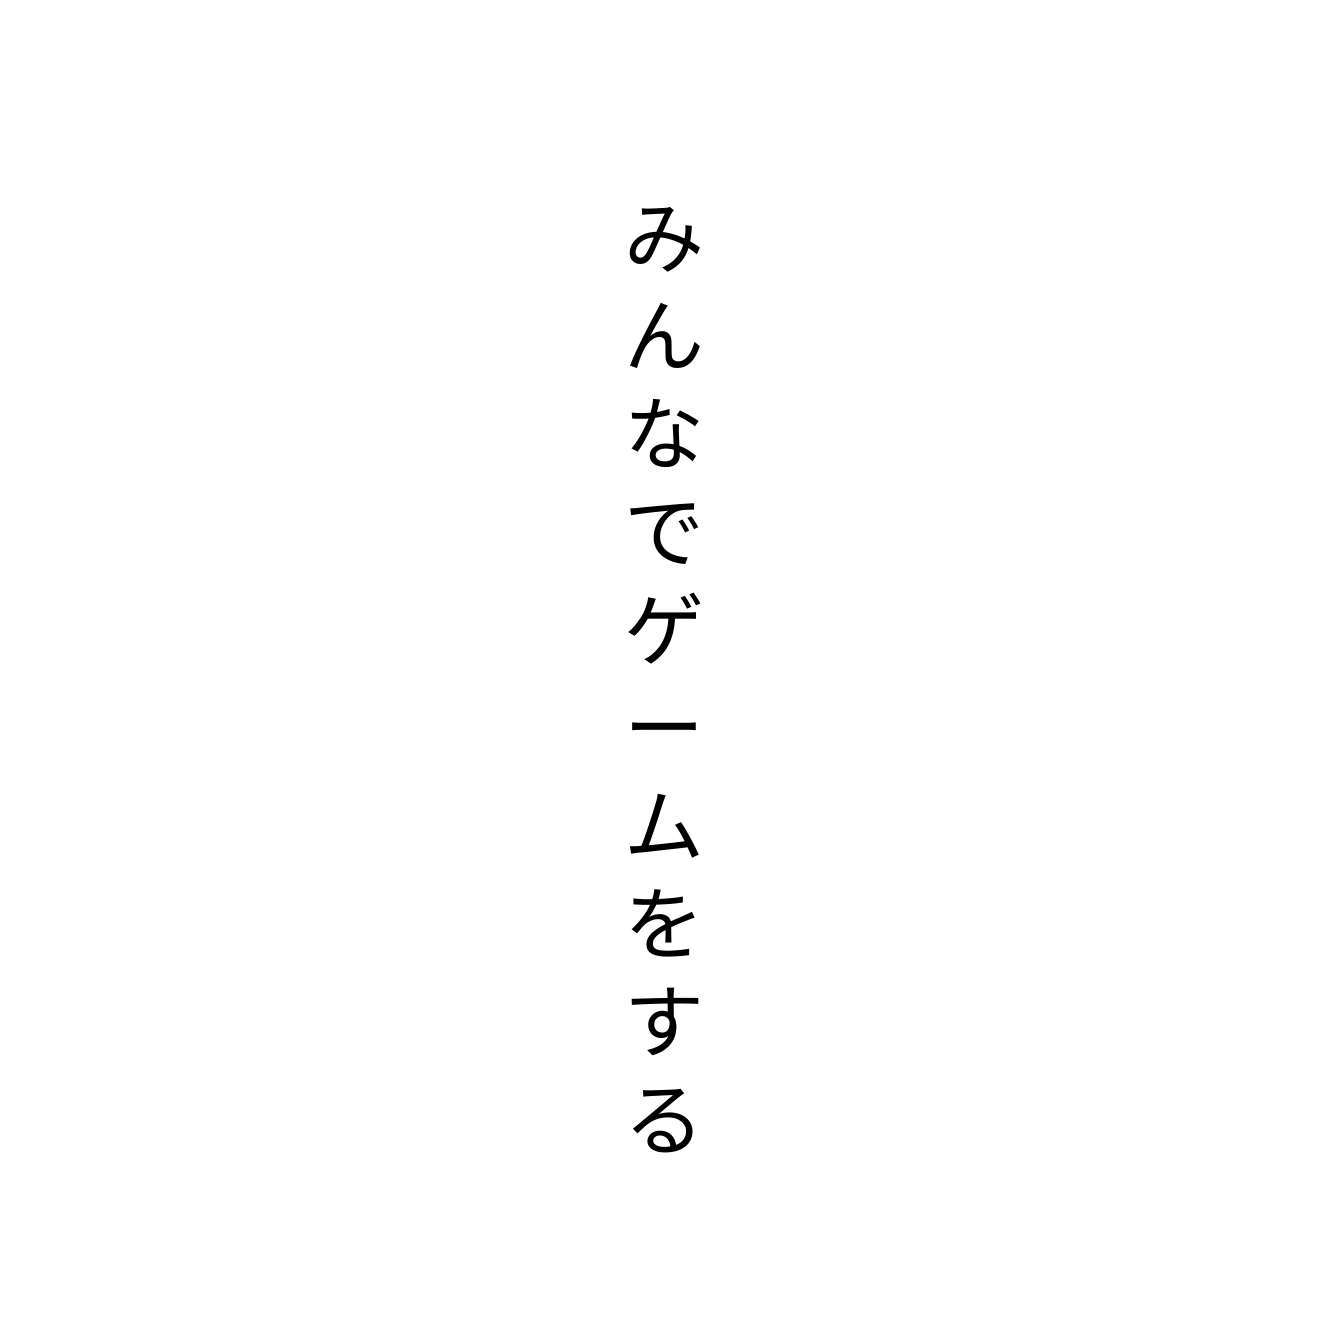
みんなでゲームをする